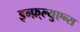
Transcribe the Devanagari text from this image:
इन्फ़्ल्युएन्स